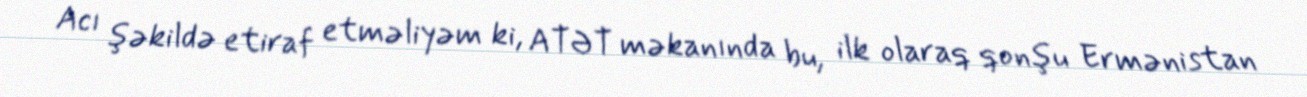
Acı şəkildə etiraf etməliyəm ki, ATƏT məkanında bu, ilk olaraq qonşu Ermənistan